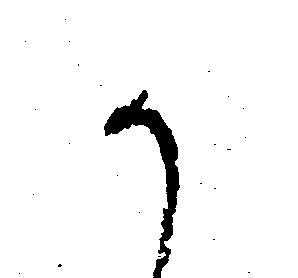
か